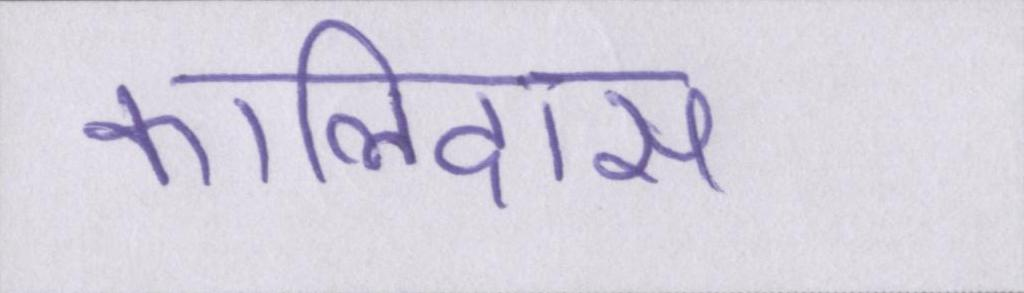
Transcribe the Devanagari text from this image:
कालिदास